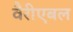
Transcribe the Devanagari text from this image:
वैरीएबल